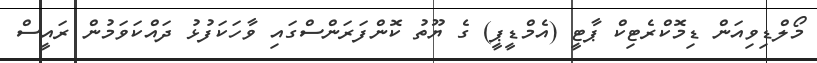
މޯލްޑިވިއަން ޑިމޮކްރެޓިކް ޕާޓީ (އެމްޑީޕީ) ގެ ޔޫތު ކޮންފަރަންސްގައި ވާހަކަފުޅު ދައްކަވަމުން ރައީސް